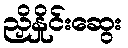
ညှိနှိုင်းဆွေး